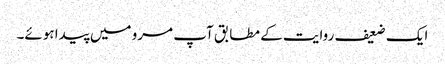
ایک ضعیف روایت کے مطابق آپ مرو میں پیدا ہوئے۔